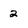
Character: 2